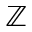
\mathbb { Z }